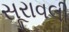
સૂરાવલી